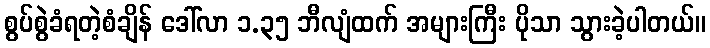
စွပ်စွဲခံရတဲ့စံချိန် ဒေါ်လာ ၁.၃၅ ဘီလျံထက် အများကြီး ပိုသာ သွားခဲ့ပါတယ်။